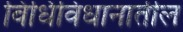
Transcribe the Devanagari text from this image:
विधिविधानातील